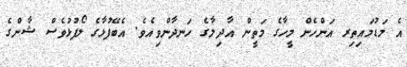
އެ މަޑުމައިތިރ އަންހެން މީހާގެ މަތީން އާދިލާގެ ހަނދާންވިއެވެ. އެބޭފުޅާގެ ލޯފުޅުވެސް ޝާންގެ